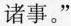
诸事。”